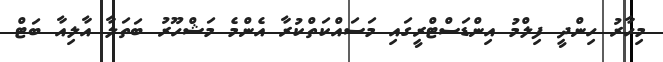
މިހާރު ހިންދީ ފިލްމު އިންޑަސްޓްރީގައި މަސައްކަތްކުރާ އެންމެ މަޝްހޫރު ބަތަލާ އާލިއާ ބަޓް